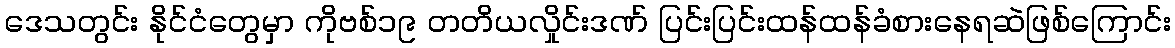
ဒေသတွင်း နိုင်ငံတွေမှာ ကိုဗစ်၁၉ တတိယလှိုင်းဒဏ် ပြင်းပြင်းထန်ထန်ခံစားနေရဆဲဖြစ်ကြောင်း